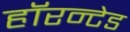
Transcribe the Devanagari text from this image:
हॉरन्टेड